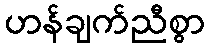
ဟန်ချက်ညီစွာ